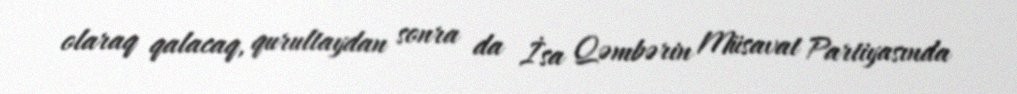
olaraq qalacaq, qurultaydan sonra da İsa Qəmbərin Müsavat Partiyasında